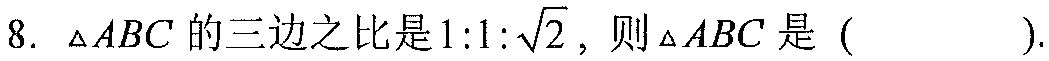
8. \(\triangle ABC\)的三边之比是\(1:1:\sqrt{2}\)，则\(\triangle ABC\)是（  ）.